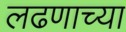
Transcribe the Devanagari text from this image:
लढणाच्या